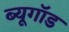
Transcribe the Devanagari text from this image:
ब्यूगॉड